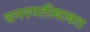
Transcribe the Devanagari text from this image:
वनस्पतीबाबत